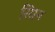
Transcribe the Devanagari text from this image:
रियन